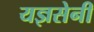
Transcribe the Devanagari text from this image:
यज्ञसेनी